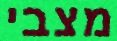
מצבי